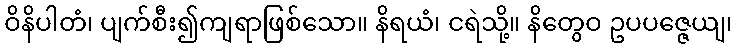
ဝိနိပါတံ၊ ပျက်စီး၍ကျရာဖြစ်သော။ နိရယံ၊ ငရဲသို့။ နိတွေဝ ဥပပဇ္ဇေယျ၊